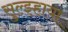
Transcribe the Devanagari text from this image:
सुल्झ्हाया